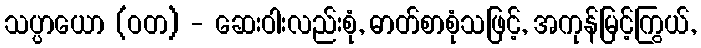
သပ္ပာယော (ဝတ) - ဆေးဝါးလည်းစုံ, ဓာတ်စာစုံသဖြင့်, အကုန်မြင့်ကြွယ်,